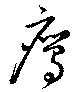
鷹